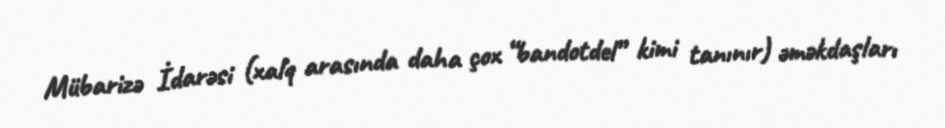
Mübarizə İdarəsi (xalq arasında daha çox “bandotdel” kimi tanınır) əməkdaşları